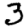
Digit: 3